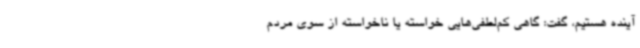
آینده هستیم،‌ گفت: گاهی کم‌لطفی‌هایی خواسته یا ناخواسته از سوی مردم